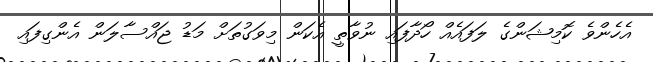
އެހެންވެ ކޮމިޝަންގެ ލަފައެއް ހޯދާފައި ނުވާތީ އެކަން މިވަގުތަށް މަޑު ޖައްސާލަން އެންގިފައި